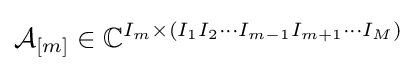
{\mathcal {A}}_{[m]}\in \mathbb {C} ^{I_{m}\times (I_{1}I_{2}\cdots I_{m-1}I_{m+1}\cdots I_{M})}